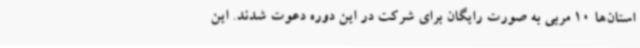
استان‌ها 10 مربی به صورت رایگان برای شرکت در این دوره دعوت شدند. این